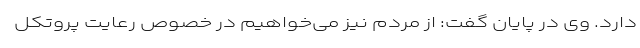
دارد. وی در پایان گفت: از مردم نیز می‌خواهیم در خصوص رعایت پروتکل